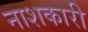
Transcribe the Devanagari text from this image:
नाशकारी